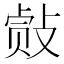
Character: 𰕐